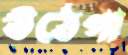
উঠেগা